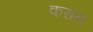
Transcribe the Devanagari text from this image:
करान